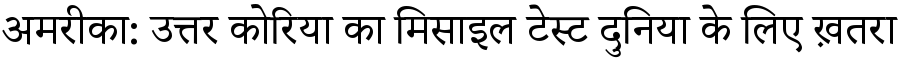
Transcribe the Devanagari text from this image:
अमरीका: उत्तर कोरिया का मिसाइल टेस्ट दुनिया के लिए ख़तरा